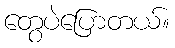
တွေပဲပြောတယ်။